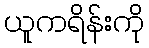
ယူကရိန်းကို